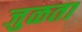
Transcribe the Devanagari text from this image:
जुळता